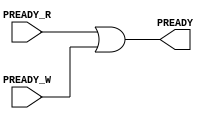
`timescale 1ns / 1ps
//////////////////////////////////////////////////////////////////////////////////
// Company: 
// Engineer: 
// 
// Design Name: 
// Module Name:    PREADY_Setter 
// Project Name: 
// Target Devices: 
// Tool versions: 
// Description: 
//
// Dependencies: 
//
// Revision: 
// Revision 0.01 - File Created
// Additional Comments: 
//
//////////////////////////////////////////////////////////////////////////////////
module PREADY_Setter(
		input PREADY_R,
		input PREADY_W,
		output PREADY
    );

assign PREADY = PREADY_R | PREADY_W;

endmodule